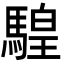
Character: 騜